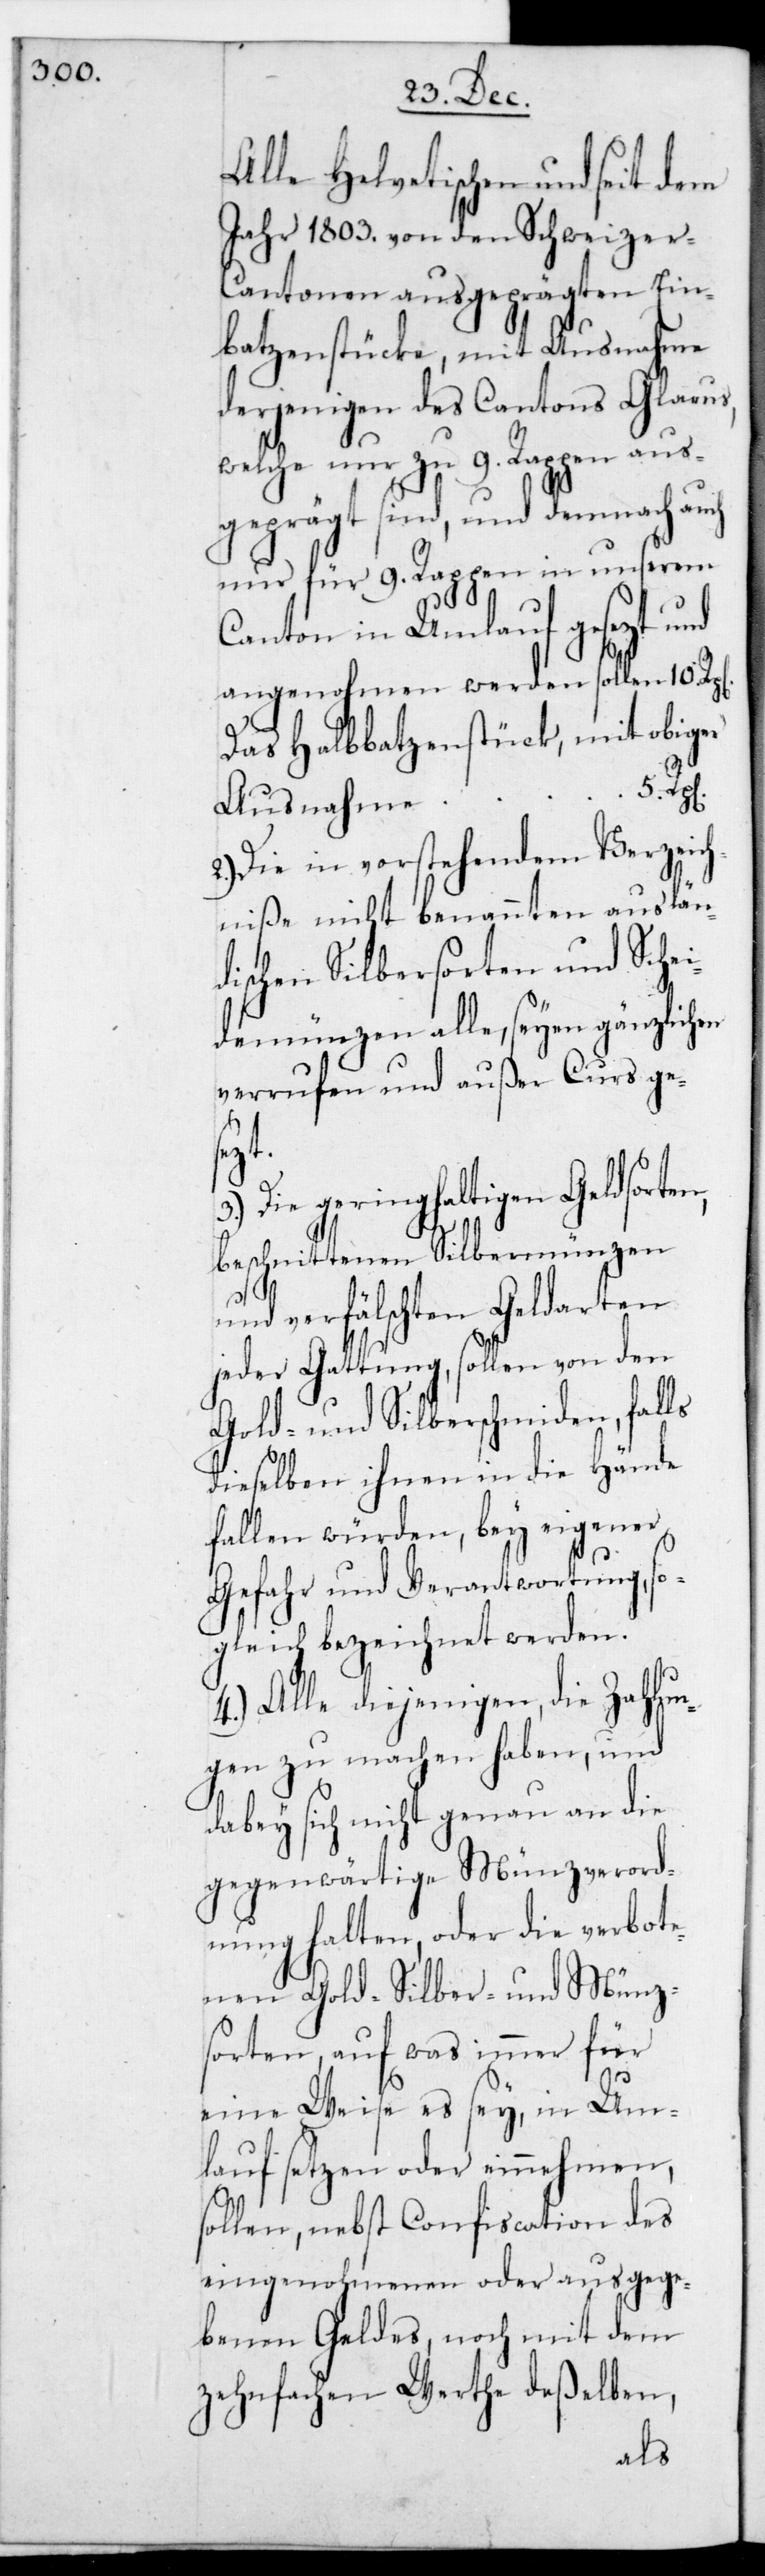
Alle Helvetischen und seit dem
Jahr 1803. von den Schweize¬
r-Cantonen ausgeprägten Ein¬
batzenstücke, mit Ausnahme
derjenigen des Canton Glarus,
welche nur zu 9. Rappen aus¬
geprägt sind, und demnach auch
nur für 9. Rappen in unserem
Canton in Umlauf gesetzt
angenohmen werden sollen, für
Das Halbbatzenstück, mit obiger
Ausnahme,
Die in vorstehendem Verzeich¬
niße nicht benannten auslän¬
dischen Silbersorten und Schei¬
demünzen alle, seien gänzlichen
verrufen und außer Curs ge¬
zt.
3.) Die geringhaltigen Geldsorten,
beschnittenen Silbermünzen
und verfälschten Geldarten
jeder Gattung, sollen von den
Gold- und Silberschmieden, falls
dieselben ihnen in die Hände
fallen würden, bey eigener
Gefahr und Verantwortung, so¬
gleich bezeichnet werden.
4.) Alle diejenigen, die Zahlun¬
gen zu machen haben und
dabey sich nicht genau an die
gegenwärtige Münzverord¬
nung halten, oder die verbote¬
nen Gold-, Silber- und Münz¬
sorten, auf was immer für
eine Weise es sey, in Um¬
lauf setzen oder einnehmen,
sollen, nebst Confiscation des
eingenohmenen oder ausgege¬
benen Geldes, noch mit dem
zehnfachen Werte deßelben,